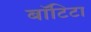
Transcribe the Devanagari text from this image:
बाॅटिटा